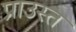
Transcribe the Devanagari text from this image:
प्राउस्त